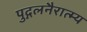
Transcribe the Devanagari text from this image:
पुद्गलनैरात्म्य